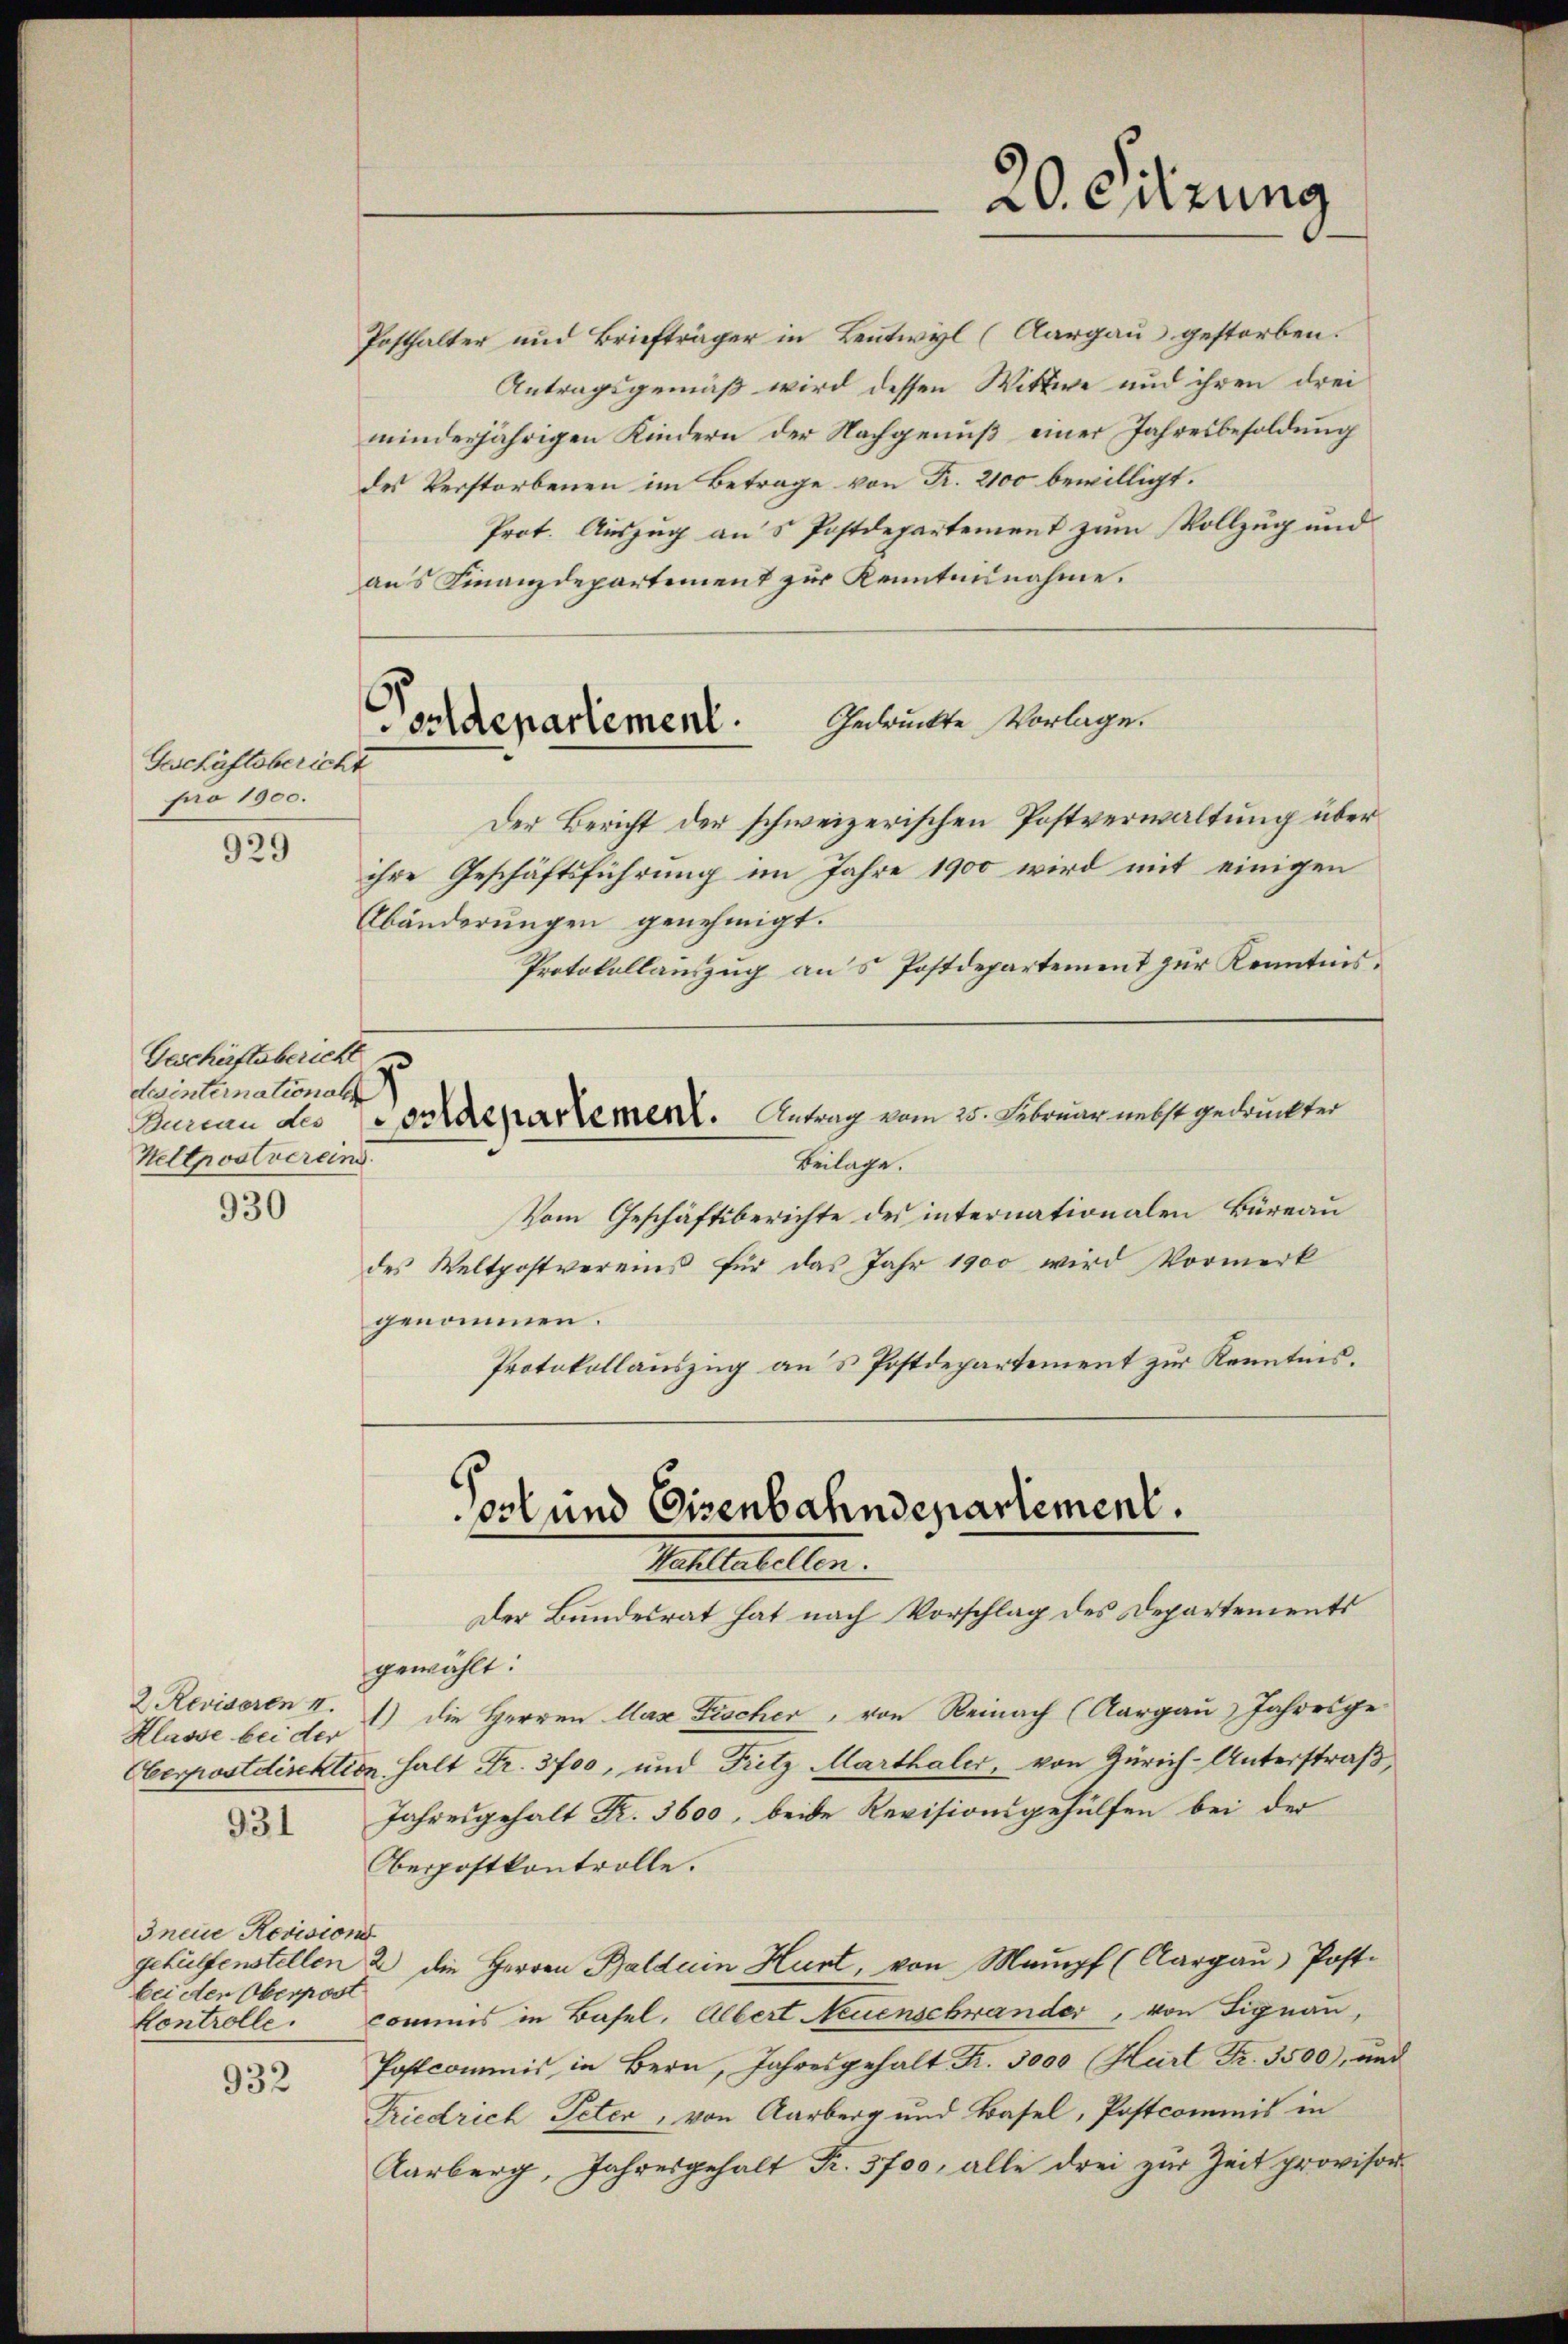
Geschäftsbericht
pro 1900.
929

Geschäftsbericht
internationale
Heltpostvereind

930

931

Posthalter und Briefträger in Leutwyl (Aargau gestorben.
Antragsgemäß wird dessen Wittwe und ihren drei
minderjährigen Kindern der Nachgenuß einer Jahresbesoldung
des Verstorbenen im Betrage von Fr. 2100 bewilligt.
Prot. Auszug aus Postdepartement zum Vollzug und
aus Finanzdepartement zur Kenntnisnahme.
Gedruckte Vorlage.
Der Bericht der schweizerischen Postverwaltung über
ihre Geschäftsführung im Jahre 1900 wird mit einigen
Abänderungen genehmigt.
Protokollauszug aus Postdepartement zur Kenntnis¬
Sanau des Vorrechartement. Antrag vom 25. Februar nebst gedruckter
Beilage.
Vom Geschäftsberichte des internationalen Büreau
des Weltpostvereins für das Jahr 1900 wird Vormerk
genommen.
Protokollauszug ans Postdepartement zur Kenntnis.

Ineue Revision
bei der Oberpost

932

Tonldepartement.

Klasse bei der

20. Sitzung

ost und Eisenbahndepartement.
Mitlestellen.

Der Bundesrat hat nach Vorschlag des Departements
gewählt:
2. Reviseren II. 1) die Herren las Fischer, von Reinach (Aargau) Jahresge-
Oberpostdirektion halt Fr. 3700, und Fritz Marthaler, von Zürich-Unterstraß,
Jahresgehalt Fr. 3600, beide Revisionsgehülfen bei der
Oberpostkontrolle.
gehülfenstellen 2 die Herren Baldein Hurt, von Mampf (Aargau) Post-
Controlle. Commis in Basel, Albert Neuenschwander, von Signau,
Postcommis in Bern, Jahresgehalt Fr. 3000 (Hart Fr. 3500), und
Friedrich Peter, von Aarberg und Basel, Postcommis in
Karberg, Jahresgehalt Fr. 3700, alle drei zur Zeit provisor-